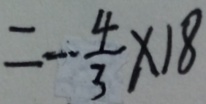
= - \frac { 4 } { 3 } \times 1 8